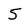
Character: 5